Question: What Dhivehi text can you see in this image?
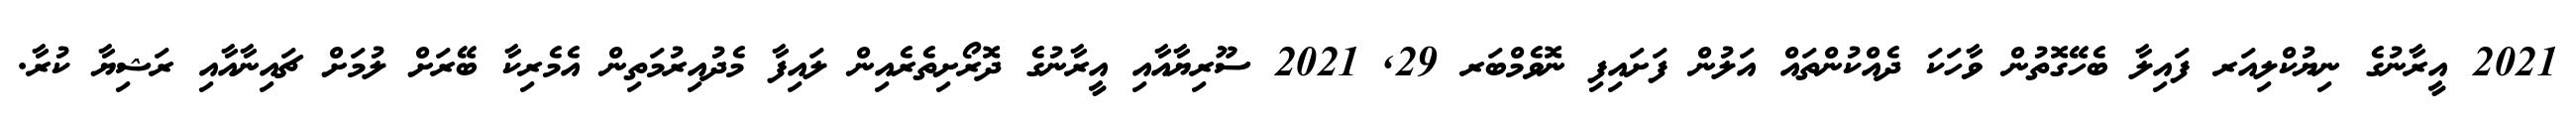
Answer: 2021 އީރާނުގެ ނިޔުކްލިއަރ ފައިލާ ބެހޭގޮތުން ވާހަކަ ދެއްކުންތައް އަލުން ފަށައިފި ނޮވެމްބަރ 29, 2021 ސޫރިޔާއާއި އީރާނުގެ ދޮރޯށިތެރެއިން ލައިފާ މެދުއިރުމަތިން އެމެރިކާ ބޭރަށް ލުމަށް ޗައިނާއާއި ރަޝިޔާ ކުރާ.